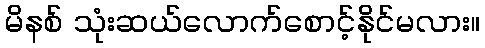
မိနစ် သုံးဆယ်လောက်စောင့်နိုင်မလား။